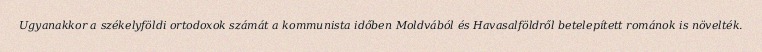
Ugyanakkor a székelyföldi ortodoxok számát a kommunista időben Moldvából és Havasalföldről betelepített románok is növelték.